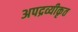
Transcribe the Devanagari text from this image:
अपद्रव्यीकृत